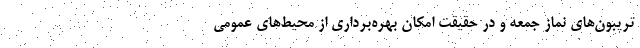
تریبون‌های نماز جمعه و در حقیقت امکان بهره‌برداری از محیط‌های عمومی